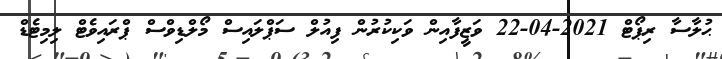
ޙުލާސާ ރިޕޯޓް 2021-04-22 ވަޒީފާއިން ވަކިކުރުން ފިއުލް ސަޕްލައިސް މޯލްޑިވްސް ޕްރައިވެޓް ލިމިޓެޑް